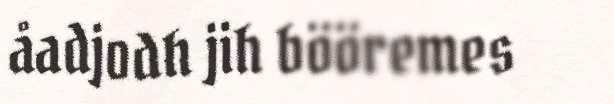
åadjodh jih bööremes